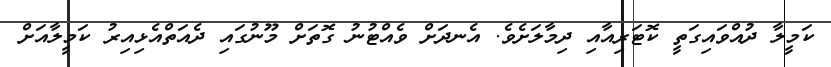
ކަމީލާ ދުއްވައިގަތީ ކޮޓަރިއާއި ދިމާލަށެވެ. އެނދަށް ވެއްޓުނު ގޮތަށް މޫނުގައި ދެއަތްއެޅިއިރު ކަމީލާއަށް